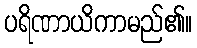
ပရိဏာယိကာမည်၏။